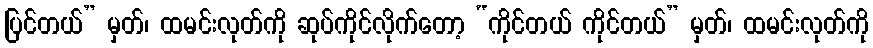
ပြင်တယ်” မှတ်၊ ထမင်းလုတ်ကို ဆုပ်ကိုင်လိုက်တော့ “ကိုင်တယ် ကိုင်တယ်” မှတ်၊ ထမင်းလုတ်ကို